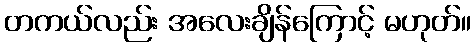
တကယ်လည်း အလေးချိန်ကြောင့် မဟုတ်။